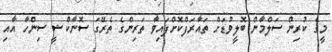
މީގެ ކުރިން ސަލްމާން ބޮލީވުޑަށް ތައާރަފްކޮށްފައިވާ ތަރިންގެ ތެރޭގަ ސޮނާކްޝީ ސިންހާ އާއި